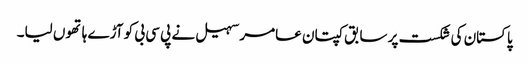
پاکستان کی شکست پر سابق کپتان عامر سہیل نے پی سی بی کو آڑے ہاتھوں لیا۔